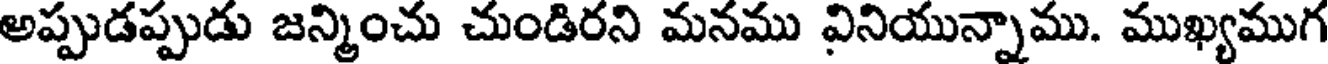
అప్పుడప్పుడు జన్మించు చుండిరని మనము నినియున్నాము. ముఖ్యముగ